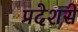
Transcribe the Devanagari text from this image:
प्रदेशसे